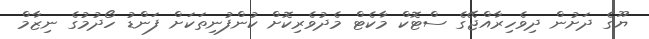
ޔޫގެ ދަށުން ދިވެހިރާއްޖޭގެ ސްޓޮކް މާކެޓް މެދުވެރިކޮށް ކުންފުނިތަކަށް ފަންޑު ހޯދުމުގެ ނިޒާމް